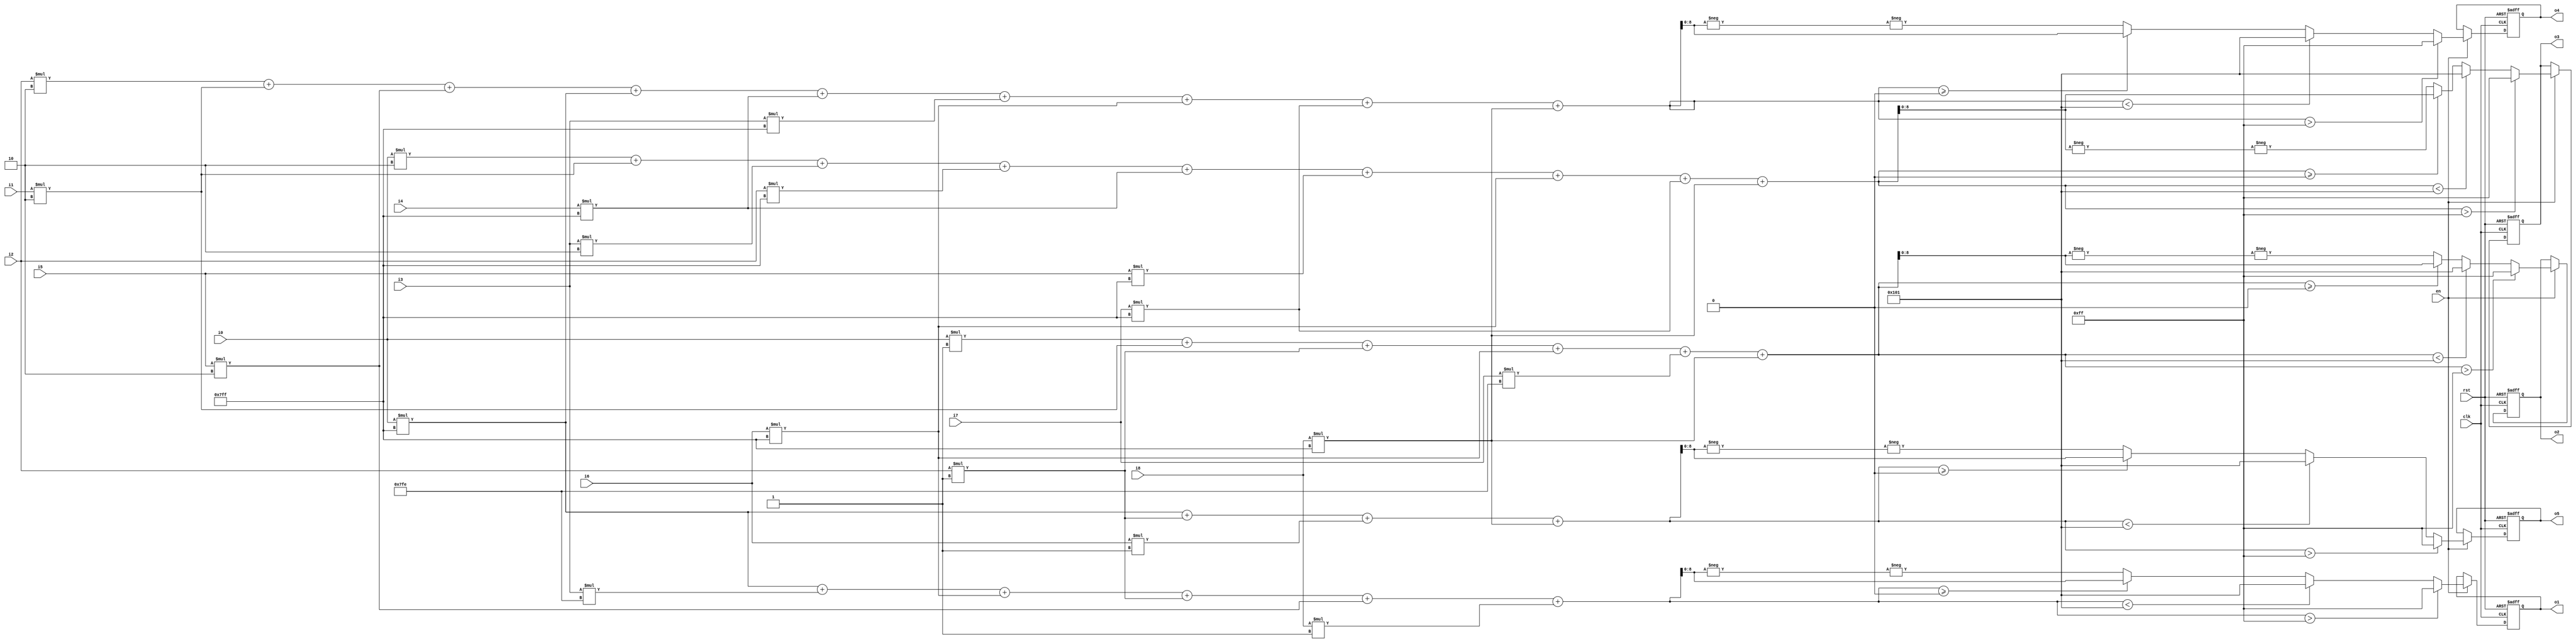
//*************************************************
//** 2016 spring iVCAD                          
//** Author: LPHP Lab                               
//** Project: Simple image processor
//**    			- Sobel
//*************************************************

module sobel(clk,
             rst,
             en,
             i0,
             i1,
             i2,
             i3,
			 i4,
			 i5,
			 i6,
			 i7,
			 i8,
             o1,
             o2,
			 o3,
			 o4,
			 o5);

// ---------------------- input  ---------------------- //
  input 		clk;
  input 		rst;
  input 		en;
  input [7:0]	i0;
  input [7:0]	i1;
  input [7:0]	i2;
  input [7:0]	i3;
  input [7:0]	i4;
  input [7:0]	i5;
  input [7:0]	i6;
  input [7:0]	i7;
  input [7:0]	i8;

// ---------------------- output ---------------------- //
  output reg signed [8:0]	o1;
  output reg signed [8:0]	o2;
  output reg signed [8:0]	o3;
  output reg signed [8:0]	o4;
  output reg signed [8:0]	o5;
  
  
  reg signed [10:0]value1, value1_;
  reg signed [10:0]value2, value2_;
  reg signed [10:0]value3, value3_;
  reg signed [10:0]value4, value4_;
  reg signed [10:0]value5, value5_;
  
  wire signed [10:0] max=11'd255, min=-11'd255;
  
  
  always@(*)
  begin
    value1 = i0*(-2'd1) + i3*(-2'd2) + i6*(-2'd1) + i2*2'd1 + i5*2'd2 + i8*2'd1;
    value2 = i0*2'd1 + i1*2'd2 + i2*2'd1 + i6*(-2'd1) + i7*(-2'd2) + i8*(-2'd1);
    value3 = i0*2'd2 + i1*2'd2 + i3*2'd2 + i2*(-2'd1) + i4*(-2'd1) + i5*(-2'd1) 
            + i6*(-2'd1) + i7*(-2'd1) + i8*(-2'd1);
    value4 = i2*2'd2 + i1*2'd2 + i5*2'd2 + i0*(-2'd1) + i4*(-2'd1) + i3*(-2'd1) 
            + i6*(-2'd1) + i7*(-2'd1) + i8*(-2'd1);
    value5 = i0*(-2'd1) + i2*2'd1+ i6*2'd1 + i8*(-2'd1);
    value1_ = -value1;
    value2_ = -value2;
    value3_ = -value3;
    value4_ = -value4;
    value5_ = -value5;    
  end
 always@(posedge clk or posedge rst)begin
    if (rst)
    begin
        o1 <= 0;
        o2 <= 0;
        o3 <= 0;
        o4 <= 0;
        o5 <= 0;
    end
    else if(en)begin
        o1<=(value1 > max)? 9'd255 : (value1 < min)? -9'd255 : 
            (value1 >= 11'd0)? value1[8:0] : -(value1_[8:0]);
        o2<=(value2 > max)? 9'd255 : (value2 < min)? -9'd255 : 
            (value2 >= 11'd0)? value2[8:0] : -(value2_[8:0]);
        o3<=(value3 > max)? 9'd255 : (value3 < min)? -9'd255 : 
            (value3 >= 11'd0)? value3[8:0] : -(value3_[8:0]);
        o4<=(value4 > max)? 9'd255 : (value4 < min)? -9'd255 : 
            (value4 >= 11'd0)? value4[8:0] : -(value4_[8:0]);
        o5<=(value5 > max)? 9'd255 : (value5 < min)? -9'd255 : 
            (value5 >= 11'd0)? value5[8:0] : -(value5_[8:0]);
	end
 end
endmodule